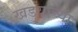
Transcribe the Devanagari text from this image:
खडयाच्या